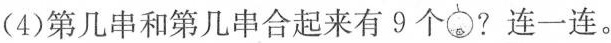
(4)第几串和第几串合起来有9个 ?连一连。